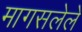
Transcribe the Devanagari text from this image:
मागसलेले